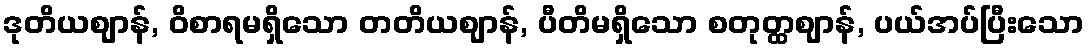
ဒုတိယဈာန်, ဝိစာရမရှိသော တတိယဈာန်, ပီတိမရှိသော စတုတ္ထဈာန်, ပယ်အပ်ပြီးသော